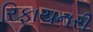
રિફાયનરી